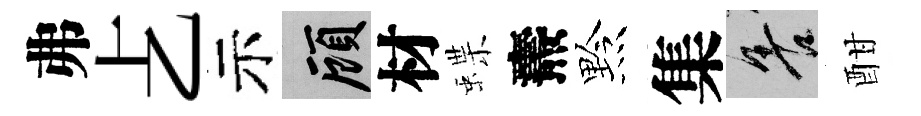
弗𠧒示顧材蝶燾黔集善酣